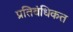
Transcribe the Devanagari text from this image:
प्रतिबंधिकत